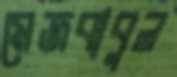
মেজবাবুল